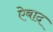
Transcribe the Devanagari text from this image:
ऐबाद